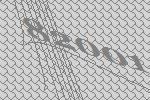
82001